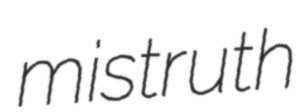
mistruth